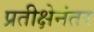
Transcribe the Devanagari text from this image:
प्रतीक्षेनंतर